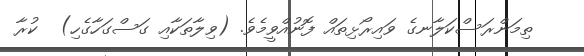
ތިމަންރަސްކަލާނގެ ވައިރޯޅިތައް ފޮނުއްވީމެވެ. (ވިލާތަކާއި ގަސްގަހާގެހި)  ކުރާ